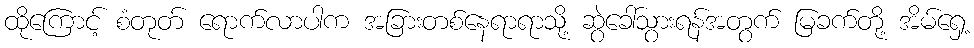
ထိုကြောင့် စံတုတ် ရောက်လာပါက အခြားတစ်နေရာရာသို့ ဆွဲခေါ်သွားရန်အတွက် မြခက်တို့ အိမ်ရှေ့